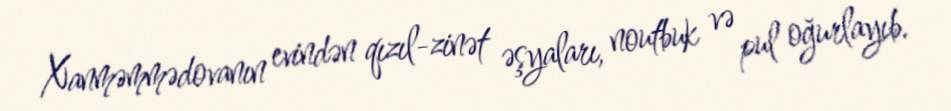
Xanməmmədovanın evindən qızıl-zinət əşyaları, noutbuk və pul oğurlayıb.